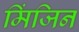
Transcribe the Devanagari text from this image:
मिंजिन